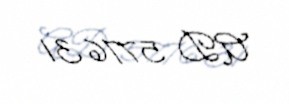
AD 577631